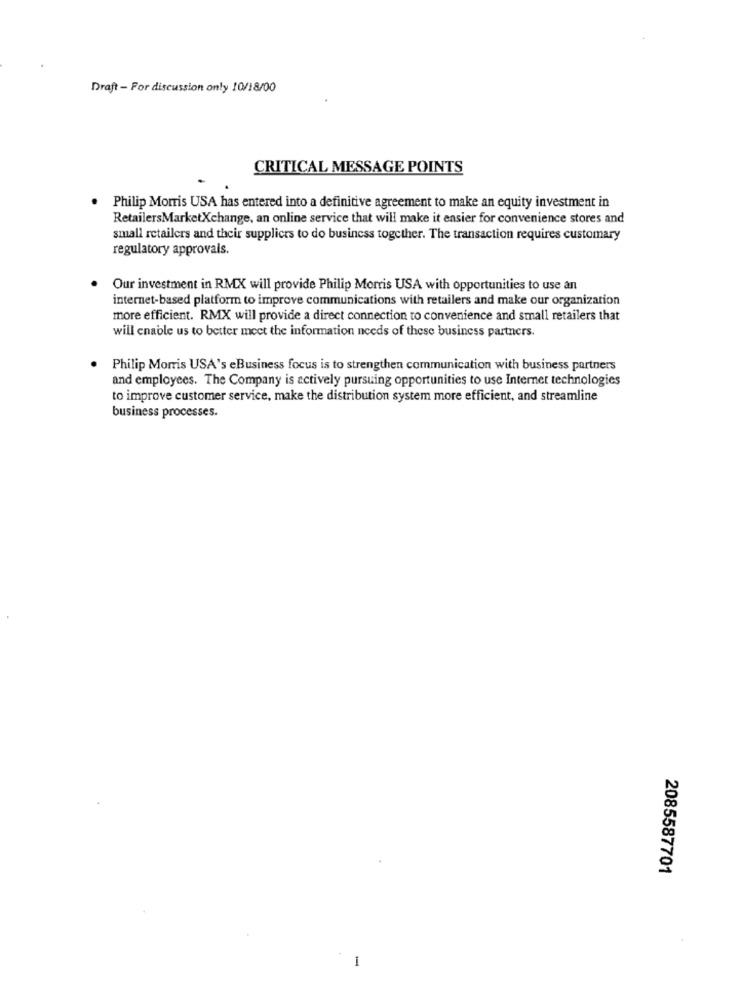
Draft - For discussion only 10/18/00
CRITICAL MESSAGE POINTS
Philip Morris USA has entered into a definitive agreement to make an equity investment in
RetailersMarketXchange, an online service that will make it easier for convenience stores and
small retailers and their supplices to do business together. The transaction requires customary
regulatory approvals.
Our investment in RMX will provide Philip Morris USA with opportunities to use an
internet-based platform to improve communications with retailers and make our organization
more efficient. RMX will provide a direct connection to convenience and small retailers that
will enable us to better meet the information needs of these business partners.
Philip Morris USA's eBusiness focus is to strengthen communication with business partners
and employees. The Company is actively pursuing opportunities to use Internet technologies
to improve customer service, make the distribution system more efficient, and streamline
business processes.
2085587701
-